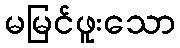
မမြင်ဖူးသော